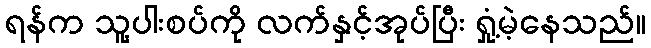
ရန်က သူ့ပါးစပ်ကို လက်နှင့်အုပ်ပြီး ရှုံ့မဲ့နေသည်။